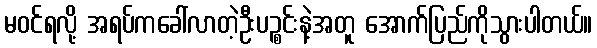
မဝင်ရလို့ အရပ်ကခေါ်လာတဲ့ဦးပဉ္စင်းနဲ့အတူ အောက်ပြည်ကိုသွားပါတယ်။